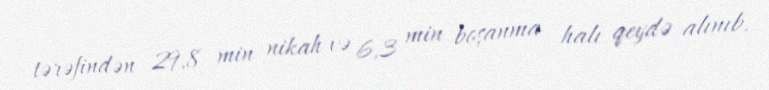
tərəfindən 29,8 min nikah və 6,3 min boşanma halı qeydə alınıb.